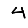
Digit: 4